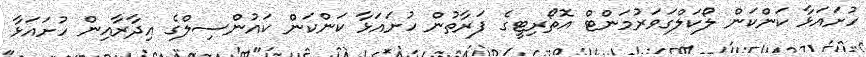
ހުށައަޅާ ކަންކަން ލޯކަލްގަވަރުމަންޓް އޮތޯރިޓީގެ ފަރާތުން ހުށައަޅާ ކަންކަން ކައުންސިލްގެ އިދާރާއިން ހުށައަޅާ